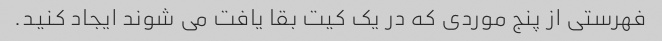
فهرستی از پنج موردی که در یک کیت بقا یافت می شوند ایجاد کنید.